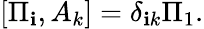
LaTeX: [\Pi_{\mathbf{i}},A_{k}]=\delta_{\mathbf{i}k}\Pi_{1}.